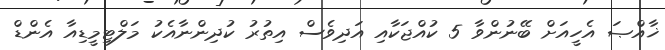
ޚާއްޞަ އެހީއަށް ބޭނުންވާ 5 ކުއްޖަކާއި އަދިވެސް އިތުރު ކުދިންނާއެކު މަލްޓިމީޑިއާ އެންޑް